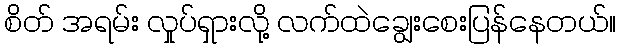
စိတ် အရမ်း လှုပ်ရှားလို့ လက်ထဲချွေးစေးပြန်နေတယ်။